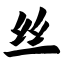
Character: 丝